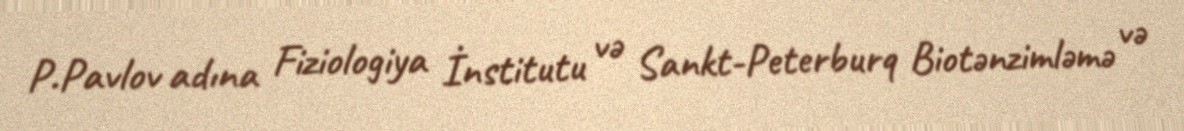
P.Pavlov adına Fiziologiya İnstitutu və Sankt-Peterburq Biotənzimləmə və